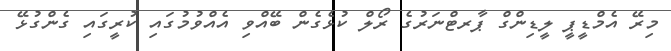
މިރޭ އެމްޑީޕީ ލީޑިންގް ޕާރޓްނަރުގެ ރޯލް ކުޅެގެން ބޭއްވި އެއްވުމުގައި ކުރީގައި ގެންގުޅޭ